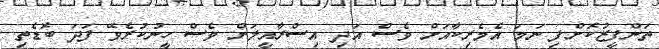
ތަންފީޒުކޮށްފި ނަމަ އެމެރިކާއަށް ވެސް އަދި އިސްރާއީލަށް ވެސް ހީނުކުރެވޭ ފަދަ ބޮޑެތި